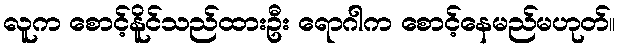
လူက စောင့်နိူင်သည်ထားဦး ရောဂါက စောင့်နေမည်မဟုတ်။